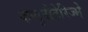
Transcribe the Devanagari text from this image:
कम्युनौटेरिज्मे